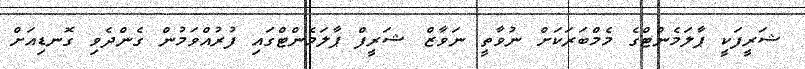
ޝަރީފަކީ ޕާލަމެންޓްގެ މެމްބަރަކަށް ނުވާތީ ނަވާޒް ޝަރީފް ޕާލަމެންޓްގައި ފުރުއްވަމުން ގެންދެވި ގޮނޑިއަށް